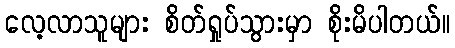
လေ့လာသူများ စိတ်ရှုပ်သွားမှာ စိုးမိပါတယ်။